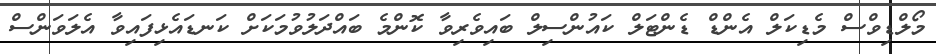
މޯލްޑިވްސް މެޑިކަލް އެންޑް ޑެންޓަލް ކައުންސިލް ބައިވެރިވާ ކޮންމެ ބައްދަލުވުމަކަށް ކަނޑައެޅިފައިވާ އެލަވަންސް